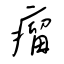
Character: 瘤